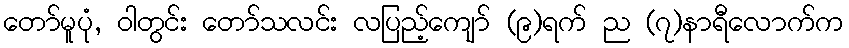
တော်မူပုံ, ဝါတွင်း တော်သလင်း လပြည့်ကျော် (၉)ရက် ည (၇)နာရီလောက်က